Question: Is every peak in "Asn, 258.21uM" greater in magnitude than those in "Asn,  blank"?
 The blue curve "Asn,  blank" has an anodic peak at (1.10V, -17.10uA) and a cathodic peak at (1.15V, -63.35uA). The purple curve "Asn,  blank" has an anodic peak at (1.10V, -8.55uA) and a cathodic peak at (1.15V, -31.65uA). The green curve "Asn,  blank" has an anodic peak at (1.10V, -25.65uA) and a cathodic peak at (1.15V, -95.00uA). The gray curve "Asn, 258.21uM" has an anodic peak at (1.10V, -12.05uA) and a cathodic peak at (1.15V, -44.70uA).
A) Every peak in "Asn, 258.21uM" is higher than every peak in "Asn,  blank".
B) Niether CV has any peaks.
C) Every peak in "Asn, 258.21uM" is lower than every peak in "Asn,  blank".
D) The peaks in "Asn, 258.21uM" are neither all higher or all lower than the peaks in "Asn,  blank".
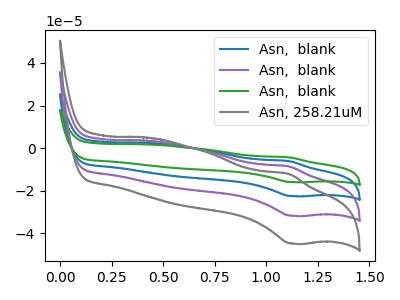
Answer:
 <answer>D) The peaks in "Asn, 258.21uM" are neither all higher or all lower than the peaks in "Asn,  blank".</answer>
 <eval>D</eval>